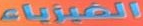
الفيزياء